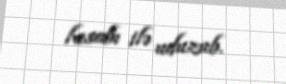
hesabı ilə uduzub.